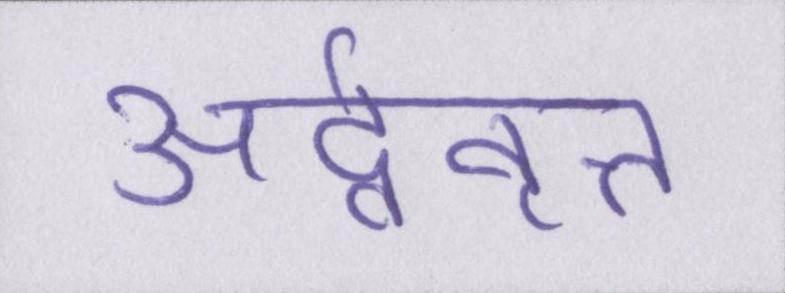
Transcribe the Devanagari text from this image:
अर्द्ववृत्त